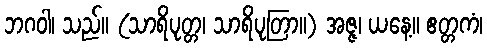
ဘဂဝါ၊ သည်။ (သာရိပုတ္တ၊ သာရိပုတြာ။) အဇ္ဇ၊ ယနေ့။ ဧတ္တကံ၊